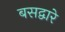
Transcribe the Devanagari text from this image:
बसद्वारे